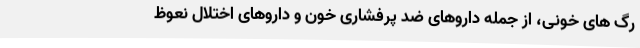
رگ های خونی، از جمله داروهای ضد پرفشاری خون و داروهای اختلال نعوظ